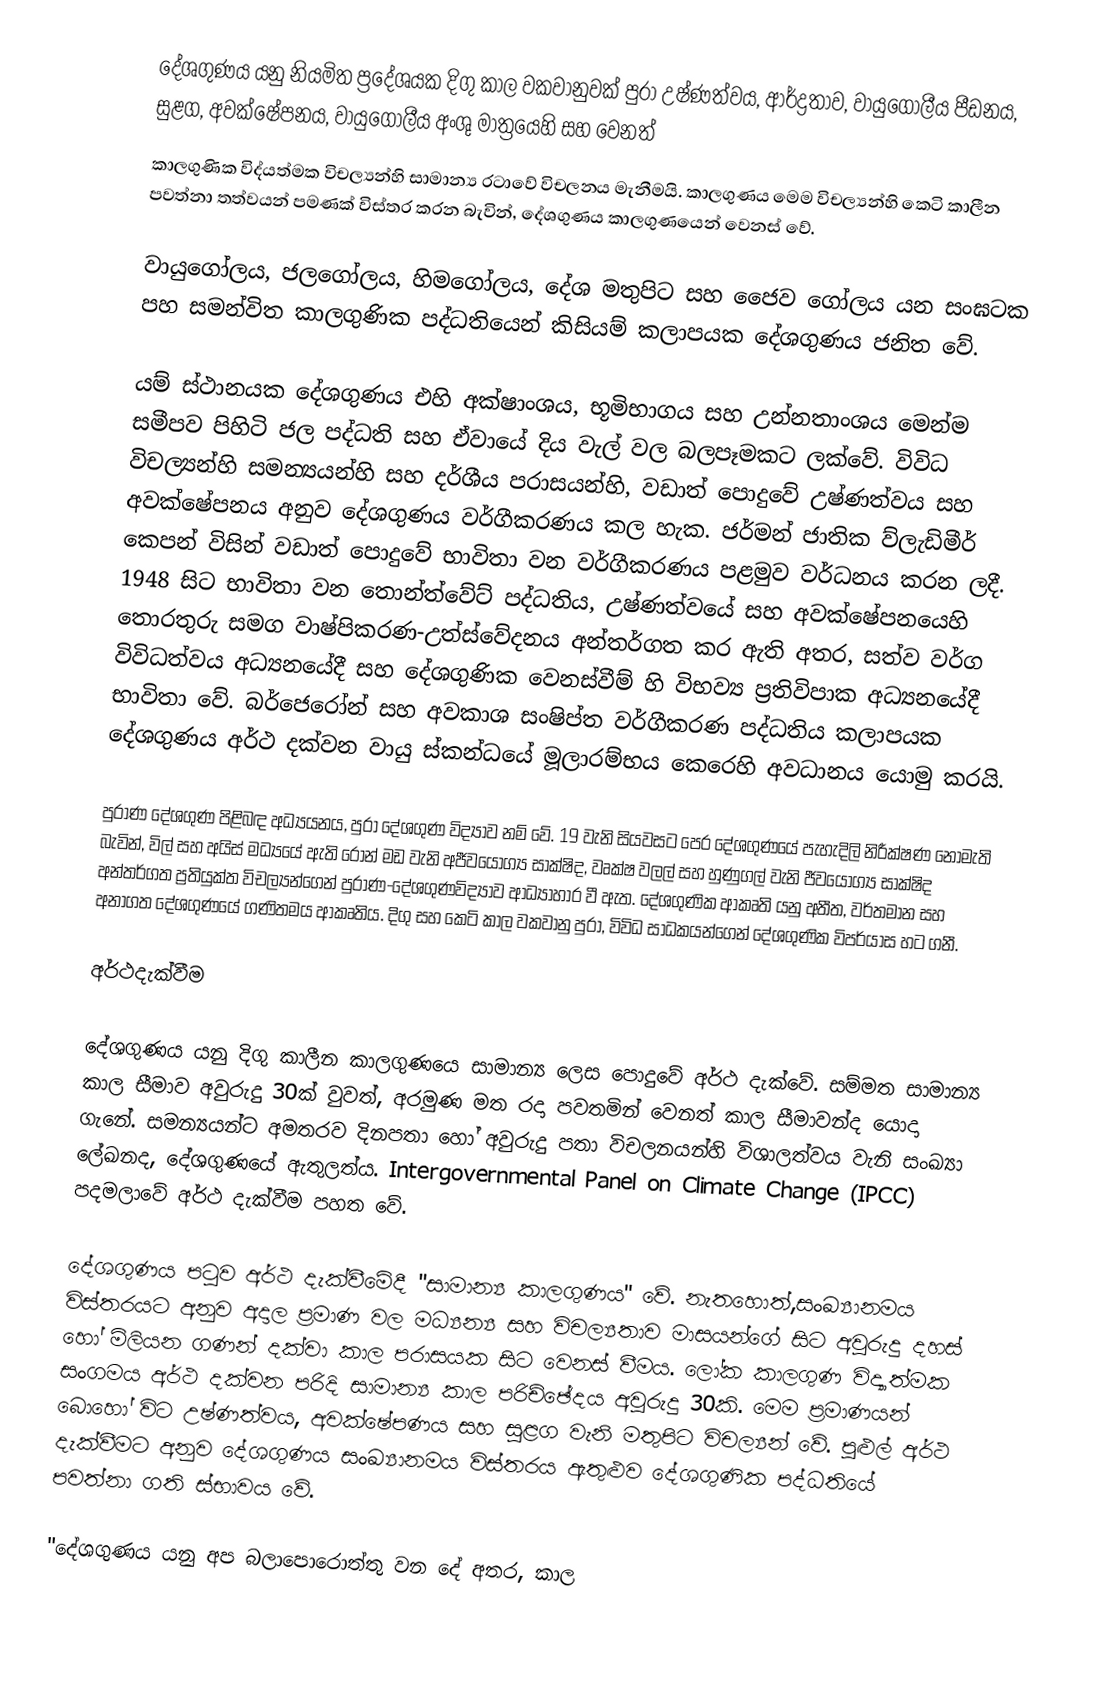
දේශගුණය යනු නියමිත ප්‍රදේශයක දිගු කාල වකවානුවක් පුරා උෂ්ණත්වය, ආර්ද්‍රතාව, වායුගෝලීය පීඩනය, සුළග, අවක්ෂේපනය, වායුගෝලීය අංශු මාත්‍රයෙහි සහ වෙනත්
කාලගුණික විද්යත්මක විචල්‍යන්හි සාමාන්‍ය රටාවේ විචලනය මැනීමයි. කාලගුණය මෙම විචල්‍යන්හි කෙටි කාලීන පවත්නා තත්වයන් පමණක් විස්තර කරන බැවින්, දේශගුණය කාලගුණයෙන් වෙනස් වේ.

වායුගෝලය, ජලගෝලය, හිමගෝලය, දේශ මතුපිට සහ ජෛව ගෝලය යන සංඝටක පහ සමන්විත කාලගුණික පද්ධතියෙන් කිසියම් කලාපයක දේශගුණය ජනිත වේ.

යම් ස්ථානයක දේශගුණය එහි අක්ෂාංශය, භූමිභාගය සහ උන්නතාංශය මෙන්ම සමීපව පිහිටි ජල පද්ධති සහ ඒවායේ දිය වැල් වල බලපෑමකට ලක්වේ. විවිධ විචල්‍යන්හි සමන්‍යයන්හි සහ දර්ශීය පරාසයන්හි, වඩාත් පොදුවේ උෂ්ණත්වය සහ අවක්ෂේපනය අනුව දේශගුණය වර්ගීකරණය කල හැක. ජර්මන් ජාතික ව්ලැඩිමීර් කෙපන් විසින් වඩාත් පොදුවේ භාවිතා වන වර්ගීකරණය පළමුව වර්ධනය කරන ලදී. 1948 සිට භාවිතා වන තොන්ත්වේට් පද්ධතිය, උෂ්ණත්වයේ සහ අවක්ෂේපනයෙහි තොරතුරු සමග වාෂ්පිකරණ-උත්ස්වේදනය අන්තර්ගත කර ඇති අතර, සත්ව වර්ග විවිධත්වය අධ්‍යනයේදී සහ දේශගුණික වෙනස්වීම් හි විභව්‍ය ප්‍රතිවිපාක අධ්‍යනයේදී භාවිතා වේ. බර්ජෙරෝන් සහ අවකාශ සංෂිප්ත වර්ගීකරණ පද්ධතිය කලාපයක දේශගුණය අර්ථ දක්වන වායු ස්කන්ධයේ මූලාරම්භය කෙරෙහි අවධානය යොමු කරයි.

පුරාණ දේශගුණ පිළිබඳ අධ්‍යයනය,  පුරා දේශගුණ විද්‍යාව නම් වේ. 19 වැනි සියවසට පෙර දේශගුණයේ පැහැදිලි නිරීක්ෂණ නොමැති බැවින්, විල් සහ අයිස් මධ්‍යයේ ඇති රොන් මඩ වැනි අජීවයෝග්‍ය සාක්ෂිද, වෘක්ෂ වලල් සහ හුණුගල් වැනි ජීවයෝග්‍ය සාක්ෂිද අන්තර්ගත ප්‍රතියුක්ත විචල්‍යන්ගෙන් පුරාණ-දේශගුණවිද්‍යාව ආධ්‍යාහාර වී ඇත. දේශගුණික ආකෘති යනු අතීත, වර්තමාන සහ අනාගත දේශගුණයේ ගණිතමය ආකෘතිය. දිගු සහ කෙටි කාල වකවානු පුරා, විවිධ සාධකයන්ගෙන් දේශගුණික විපර්යාස හට ගනී.

අර්ථදැක්වීම

දේශගුණය යනු දිගු කාලීන කාලගුණයෙ සාමාන්‍ය ලෙස පොදුවේ අර්ථ දැක්වේ. සම්මත සාමාන්‍ය කාල සීමාව අවුරුදු 30ක් වුවත්, අරමුණ මත රදා පවතමින් වෙනත් කාල සීමාවන්ද යොදා ගැනේ. සමන්‍යයන්ට අමතරව දිනපතා හෝ අවුරුදු පතා විචලනයන්හි විශාලත්වය වැනි සංඛ්‍යා ලේඛනද, දේශගුණයේ ඇතුලත්ය. Intergovernmental Panel on Climate Change (IPCC) පදමලාවේ අර්ථ දැක්වීම පහත වේ.

දේශගුණය පටුව අර්ථ දැක්වීමේදී "සාමාන්‍ය කාලගුණය" වේ. නැතහොත්,සංඛ්‍යානමය විස්තරයට අනුව අදාල ප්‍රමාණ වල මධ්‍යන්‍ය සහ විචල්‍යතාව මාසයන්ගේ සිට අවුරුදු දහස් හෝ මිලියන ගණන් දක්වා කාල පරාසයක සිට වෙනස් වීමය. ලෝක කාලගුණ විද්‍යාත්මක සංගමය අර්ථ දක්වන පරිදි සාමාන්‍ය කාල පරිච්ඡේදය අවුරුදු 30කි. මෙම ප්‍රමාණයන් බොහෝ විට උෂ්ණත්වය, අවක්ෂේපණය සහ සුළග වැනි මතුපිට විචල්‍යන් වේ. පුළුල් අර්ථ දැක්වීමට අනුව දේශගුණය සංඛ්‍යානමය විස්තරය ඇතුළුව දේශගුණික පද්ධතියේ පවත්නා ගති ස්භාවය වේ.

"දේශගුණය යනු අප බලාපොරොත්තු වන දේ අතර, කාල